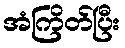
အံကြိတ်ပြီး